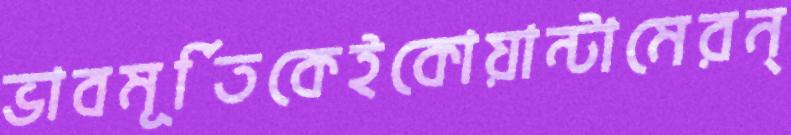
ভাবমূর্তিকেইকোয়ান্টামেরন্